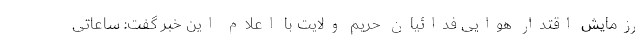
رزمایش اقتدار هوایی فدائیان حریم ولایت با اعلام این خبر گفت: ساعاتی